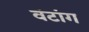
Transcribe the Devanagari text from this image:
वंटांग